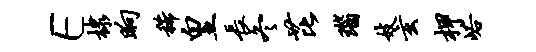
E棣晌稀皇长冬芘瑙妓玄柙峪